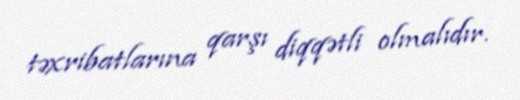
təxribatlarına qarşı diqqətli olmalıdır.